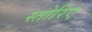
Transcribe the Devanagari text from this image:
स्तोरिए